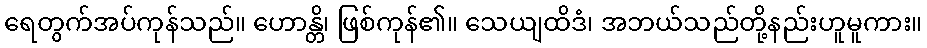
ရေတွက်အပ်ကုန်သည်။ ဟောန္တိ၊ ဖြစ်ကုန်၏။ သေယျထိဒံ၊ အဘယ်သည်တို့နည်းဟူမူကား။